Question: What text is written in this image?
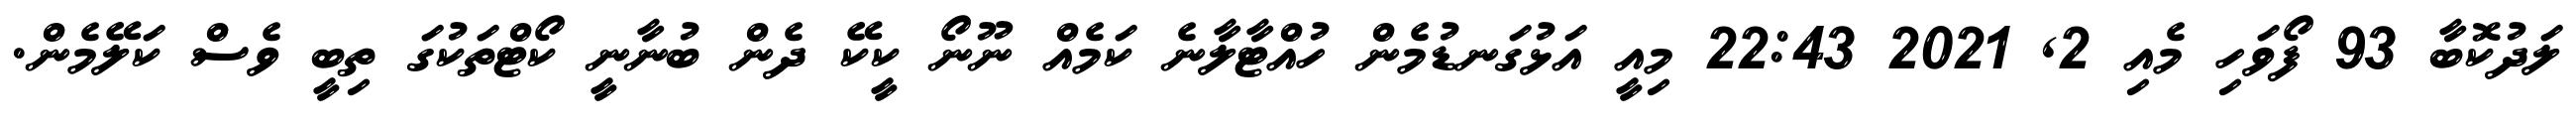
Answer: ލަދުކޮބާ 93 ފޯވަހި މެއި 2, 2021 22:43 މިއީ އަޅުގަނޑުމެން ހުއްޓާލާނެ ކަމެއް ނޫނޯ ކީކޭ ދެން ބުނާނީ ކޯޓްތަކުގަ ތިބީ ވެސް ކަލޭމެން.